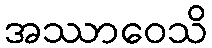
အဿာဝေသိ